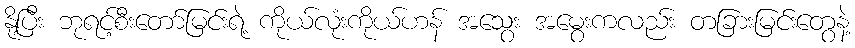
နို့ပြီး ဘုရင့်စီးတော်မြင်းရဲ့ ကိုယ်လုံးကိုယ်ဟန် အသွေး အမွေးကလည်း တခြားမြင်းတွေနဲ့